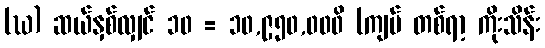
(ဃ) ဆယ်နှစ်လျှင် ၁၀ = ၁၀,၉၅၀,၀၀၀ိ (ကျပ် တစ်ရာ့ ကိုးသိန်း